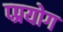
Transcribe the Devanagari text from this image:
प्प्रयोग